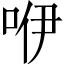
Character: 咿